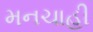
મનચાહી